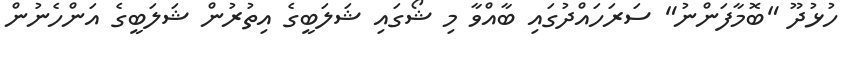
ހުޅުދޫ "ބޮމާފަންނު" ސަރަހައްދުގައި ބާއްވާ މި ޝޯގައި ޝަލަބީގެ އިތުރުން ޝަލަބީގެ އަންހެނުން